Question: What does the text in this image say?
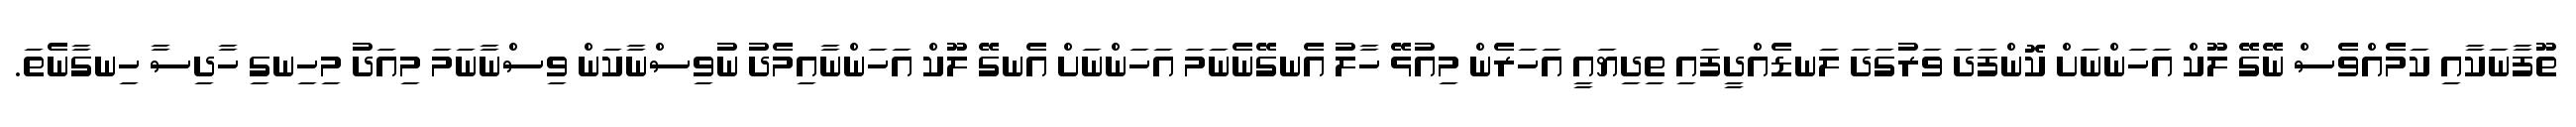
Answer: ތޫފާނަކާއި ކަމެއްވެސް ނޭގޭ ލޫކް އަހަންނަށް ކޮންފަދަ ވަރުގަދަ ލަނޑެއްދީފައި ތިދިޔައީ އަހަރެން މިއުޅޭ ހާލު އެނގޭނެނަމަ އަހަންނަށް އެނގޭ ލޫކް އަހަންނާއިމެދު ނުވިސްނާކަން ވިސްނާނަމަ މިއަދު މިހިނގި ހާދިސާ ހިނގާނެތަ.